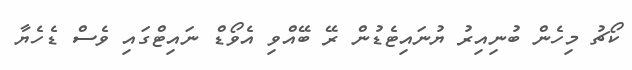
ކޯޗު މިހެން ބުނިއިރު ޔުނައިޓެޑުން ރޭ ބޭއްވި އެވޯޑް ނައިޓްގައި ވެސް ޑެހެޔާ